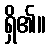
ရှိ၏။